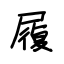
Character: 履